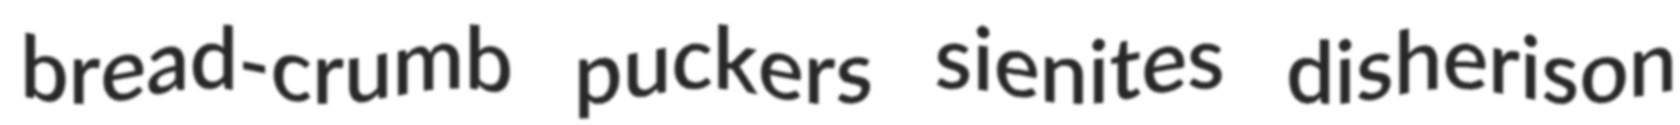
bread-crumb puckers sienites disherison